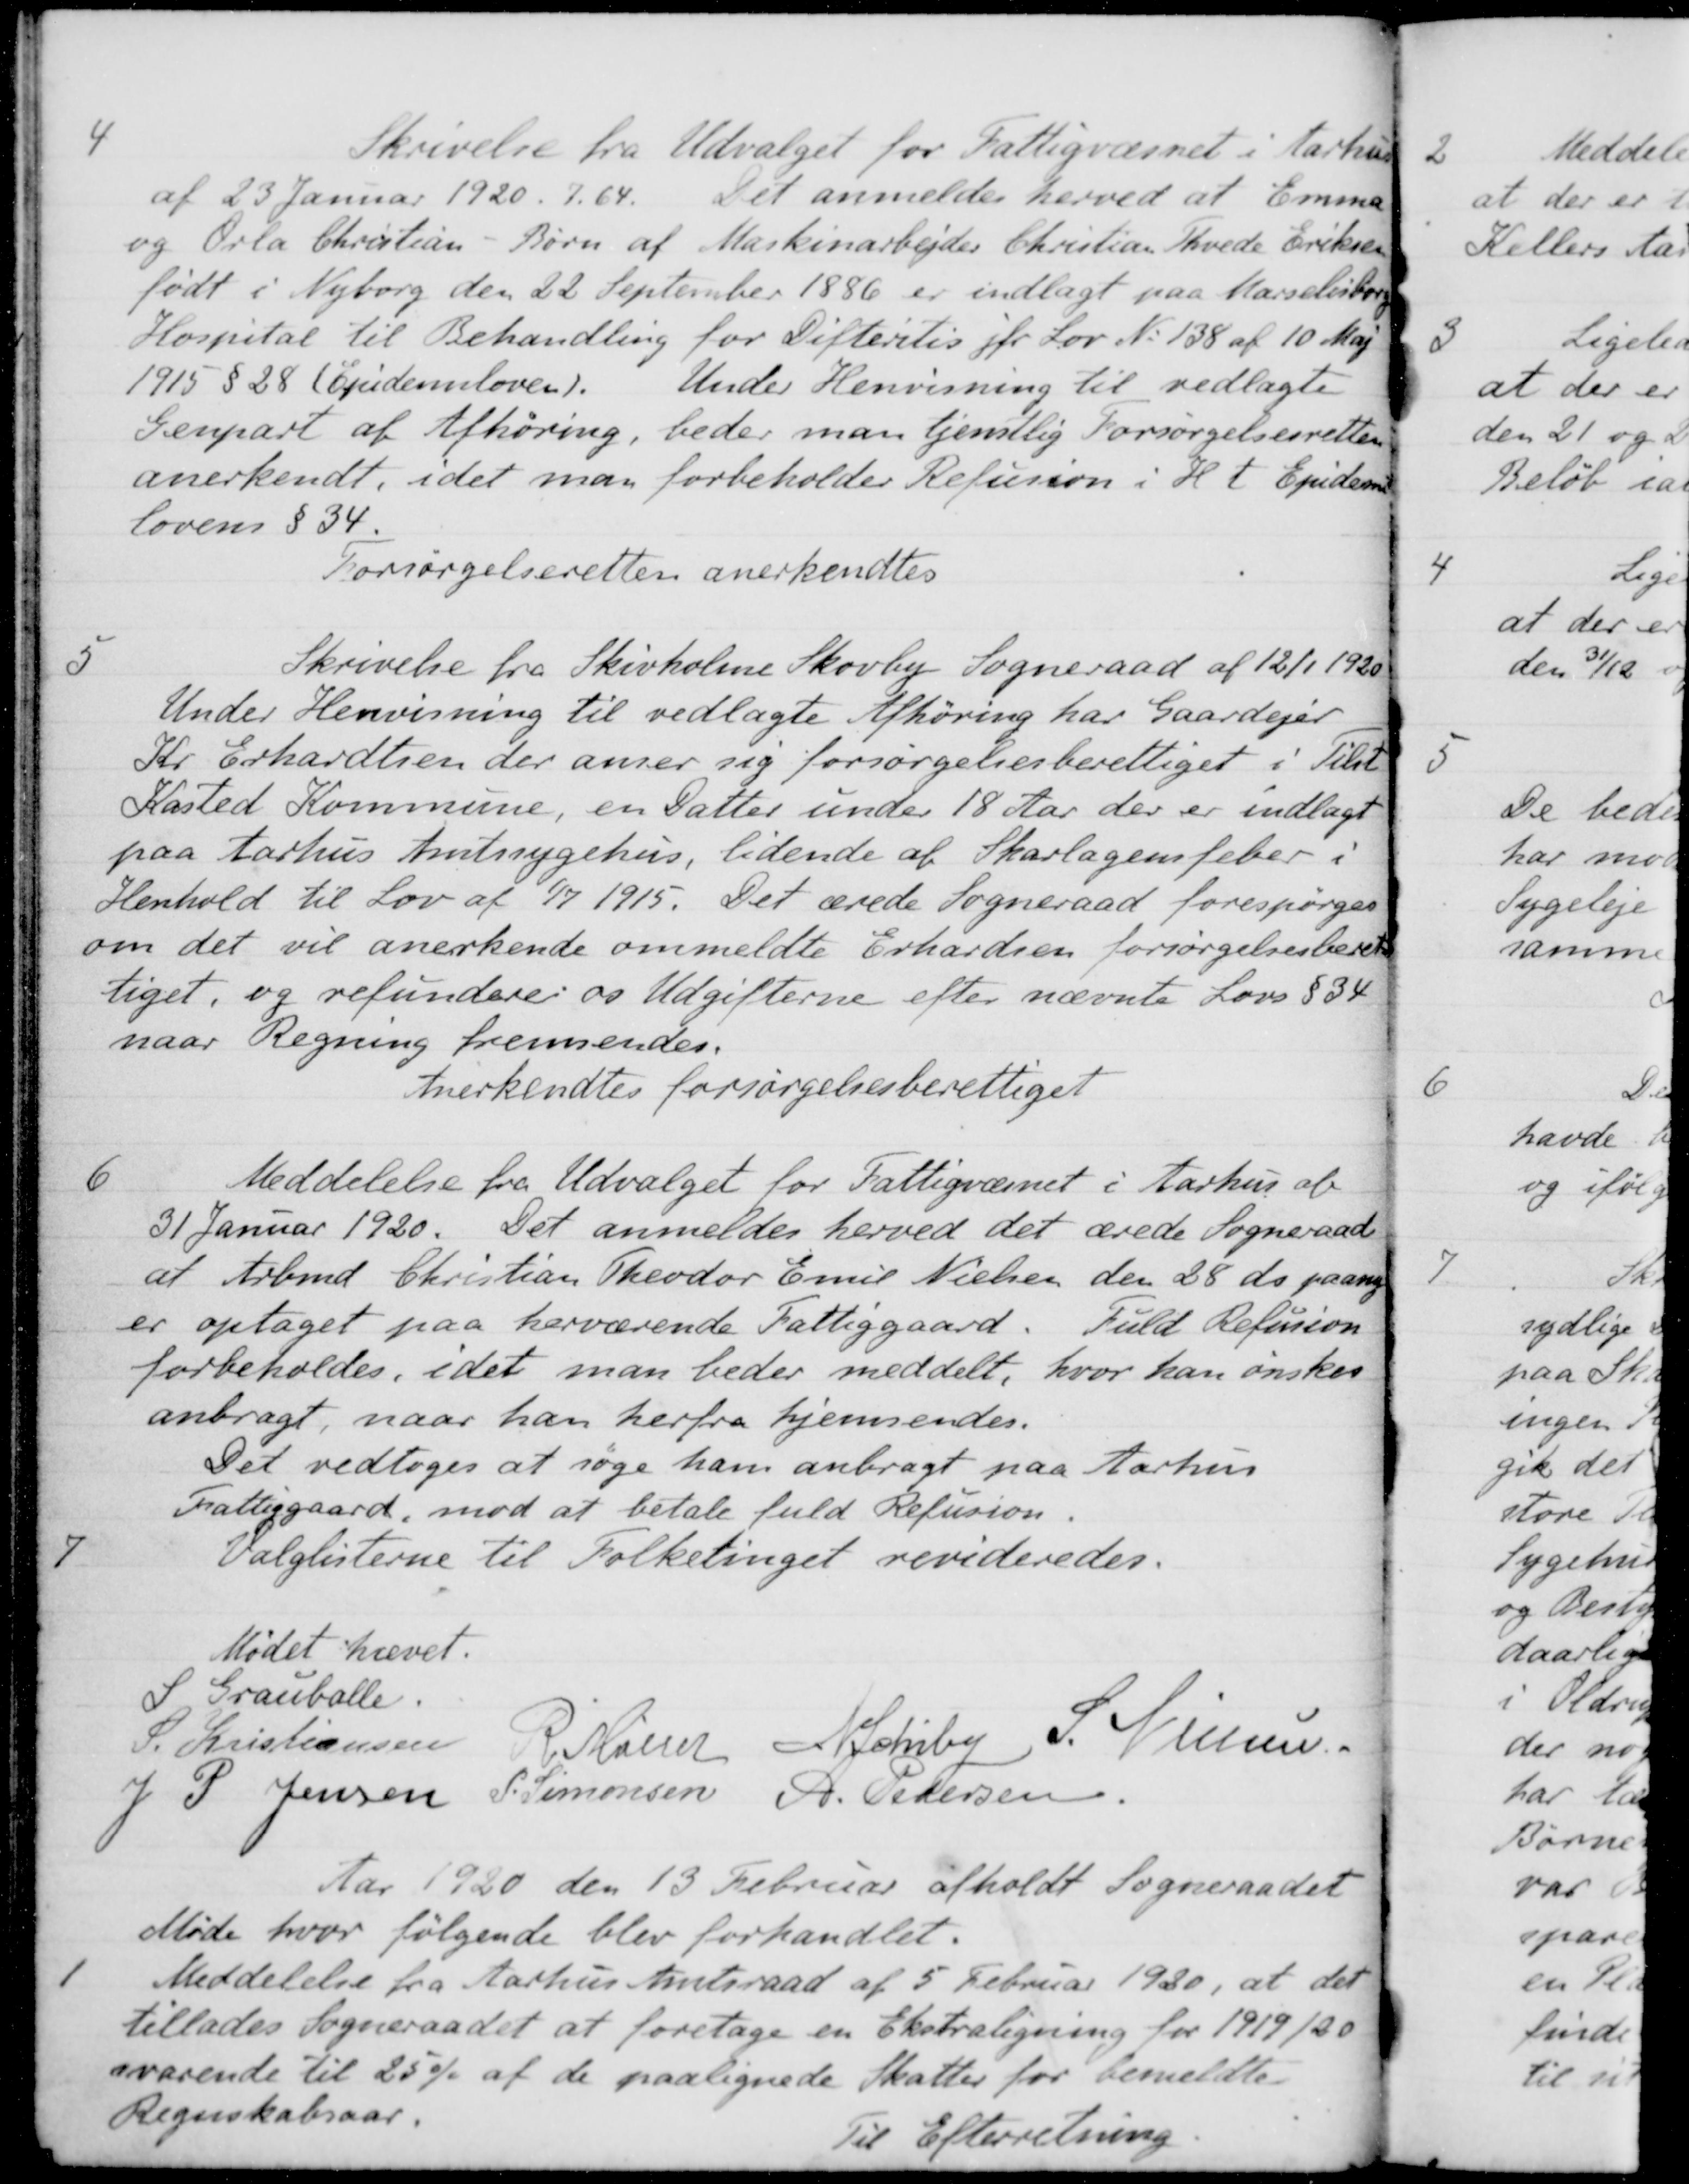
Transskription:
4
Skrivelse fra Udvalget for Fattigvæsnet i Aarhus
af 23 Januar 1920. J.64. Det anmeldes herved at Emma
og Orla Christian - Børn af Maskinarbejder Christian Thvede Eriksen
født i Nyborg den 22 September 1886 er indlagt paa Marselisborg
Hospital til Behandling for Difteritis jfr Lov No 138 af 10 Maj
1915 § 28 (Epidemiloven). Under Henvisning til vedlagte
Genpart af Afhøring, beder man tjenstlig Forsørgelsesretten
anerkendt, idet man forbeholder Refusion i H. t. Epidem
lovens § 34
Forsørgelseretten anerkendtes
5
Skrivelse fra Skivholme Skovby Sogneraad af 12/1 1920
Under Henvisning til vedlagte Afhøring har Gaardejer
Kr Erhardtsen der anser sig forsørgelsesberettiget i Tilst
Kasted Kommune, en Datter under 18 Aar der er indlagt
paa Aarhus Amtssygehus, lidende af Skarlagensfeber i
Henhold til Lov af 1/7 1915. Det ærede Sogneraad forespørges
om det vil anerkende ommeldte Erhardsen forsørgelsesberet-
tiget, og refundere os Udgifterne efter nævnte Lovs § 34
naar Regning fremsendes.
Anerkendtes forsørgelsesberettiget
6
Meddelelse fra Udvalget for Fattigvæsnet i Aarhus al
31 Januar 1920. Det anmeldes herved det ærede Sogneraad
at Arbmd Christian Theodor Emil Nielsen den 28 ds. paany
er optaget paa herværende Fattiggaard.
Fuld Refusion
forbeholdes, idet man beder meddelt, hvor han ønskes
anbragt, naar han herfra hjemsendes.
Det vedtoges at søge ham anbragt paa Aarhus
Fattiggaard, mod at betale fuld Refusion
7
Valglisterne til Folketinget revideredes.
Mødet hævet.
S Grauballe.
S. Kristiansen
R. Møller
N Schiby
S. Nielsen
J P. Jensen
S. Simonsen
A. Pedersen
Aar 1920 den 13 Februar afholdt Sogneraadet
Møde hvor følgende blev forhandlet.
1
Meddelelse fra Aarhus Amtsraad af 5 Februar 1920, at det
tillades Sogneraadet at foretage en Ekstraligning for 1919/20
svarende til 25 % af de paalignede Skatter for bemeldte
Regnskabsaar.
Til Efterretning